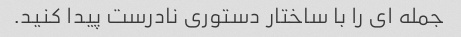
جمله ای را با ساختار دستوری نادرست پیدا کنید.